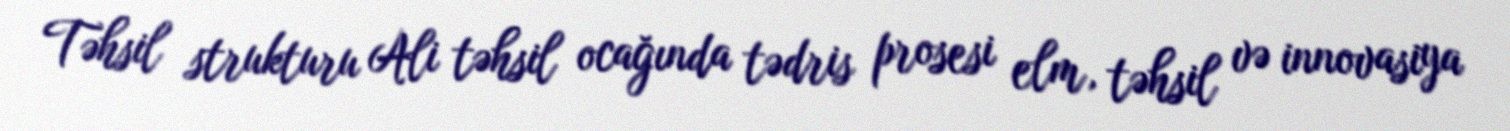
Təhsil strukturu Ali təhsil ocağında tədris prosesi elm, təhsil və innovasiya